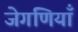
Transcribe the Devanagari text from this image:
जेगणियाँ